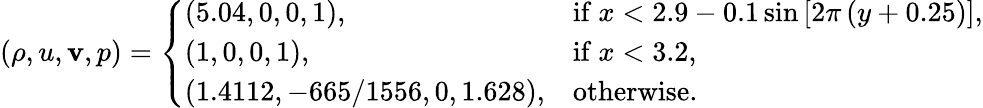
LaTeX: (\rho,u,\mathbf{v},p)=\left\{ \begin{array}{ll}{(5.04,0,0,1),}&{\mathrm{if~}x<2.9-0.1\sin\left[2\pi\left(y+0.25\right)\right],}\\ {(1,0,0,1),}&{\mathrm{if~}x<3.2,}\\ {(1.4112,-665/1556,0,1.628),}&{\mathrm{otherwise}.}\end{array}\right.